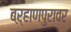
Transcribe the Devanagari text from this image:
बऱ्हाणपुरावर